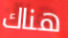
هناك